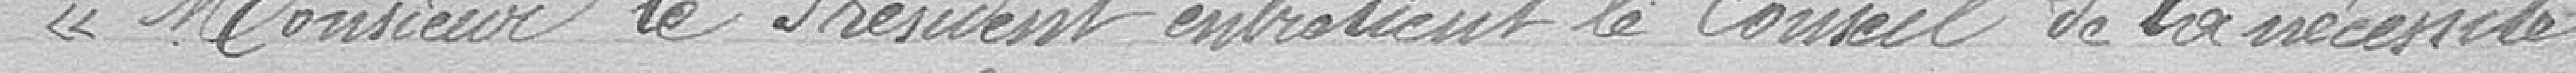
"Monsieur le Président entretien le Conseil de la nécessité